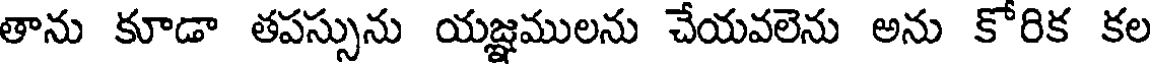
తాను కూడా తపస్సును యజ్ఞములను చేయవలెను అను కోరిక కల